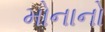
મોનાનો